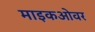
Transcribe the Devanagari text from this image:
माइकओवर